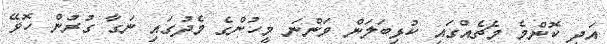
އަދި ކޮންމެ މެޗެއްގައި ކުޅިބަލަން ވަންނަ މީހުންގެ މެދުގައި ނަގާ ގުރުން ހޮވޭ